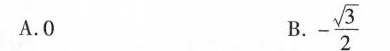
A.0 B.-\frac{\sqrt{3}}{2}$$